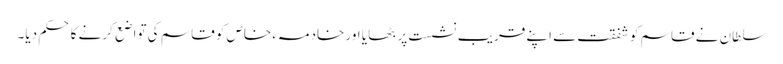
سلطان نے قاسم کو شفقت سے اپنے قریب نشست پر بٹھایا اور خادمہء خاص کو قاسم کی تواضع کرنے کا حکم دیا۔